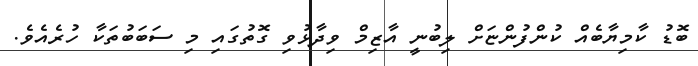
ބޮޑު ކާމިޔާބެއް ކުންފުންޏަށް ލިބުނީ އާޒިމް ވިދާޅުވި ގޮތުގައި މި ސަބަބުތަކާ ހުރެއެވެ.